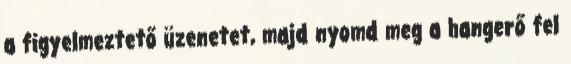
a figyelmeztető üzenetet, majd nyomd meg a hangerő fel